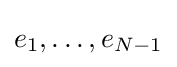
e_{1},\dots ,e_{N-1}